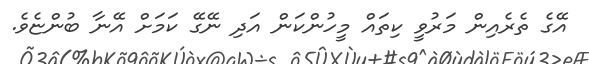
އޭގެ ތެރެއިން މަރުވީ ކިތައް މީހުންކަން އަދި ނޭގޭ ކަމަށް އޭނާ ބުންޏެވެ.